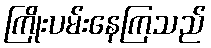
ကြိုးပမ်းနေကြသည်